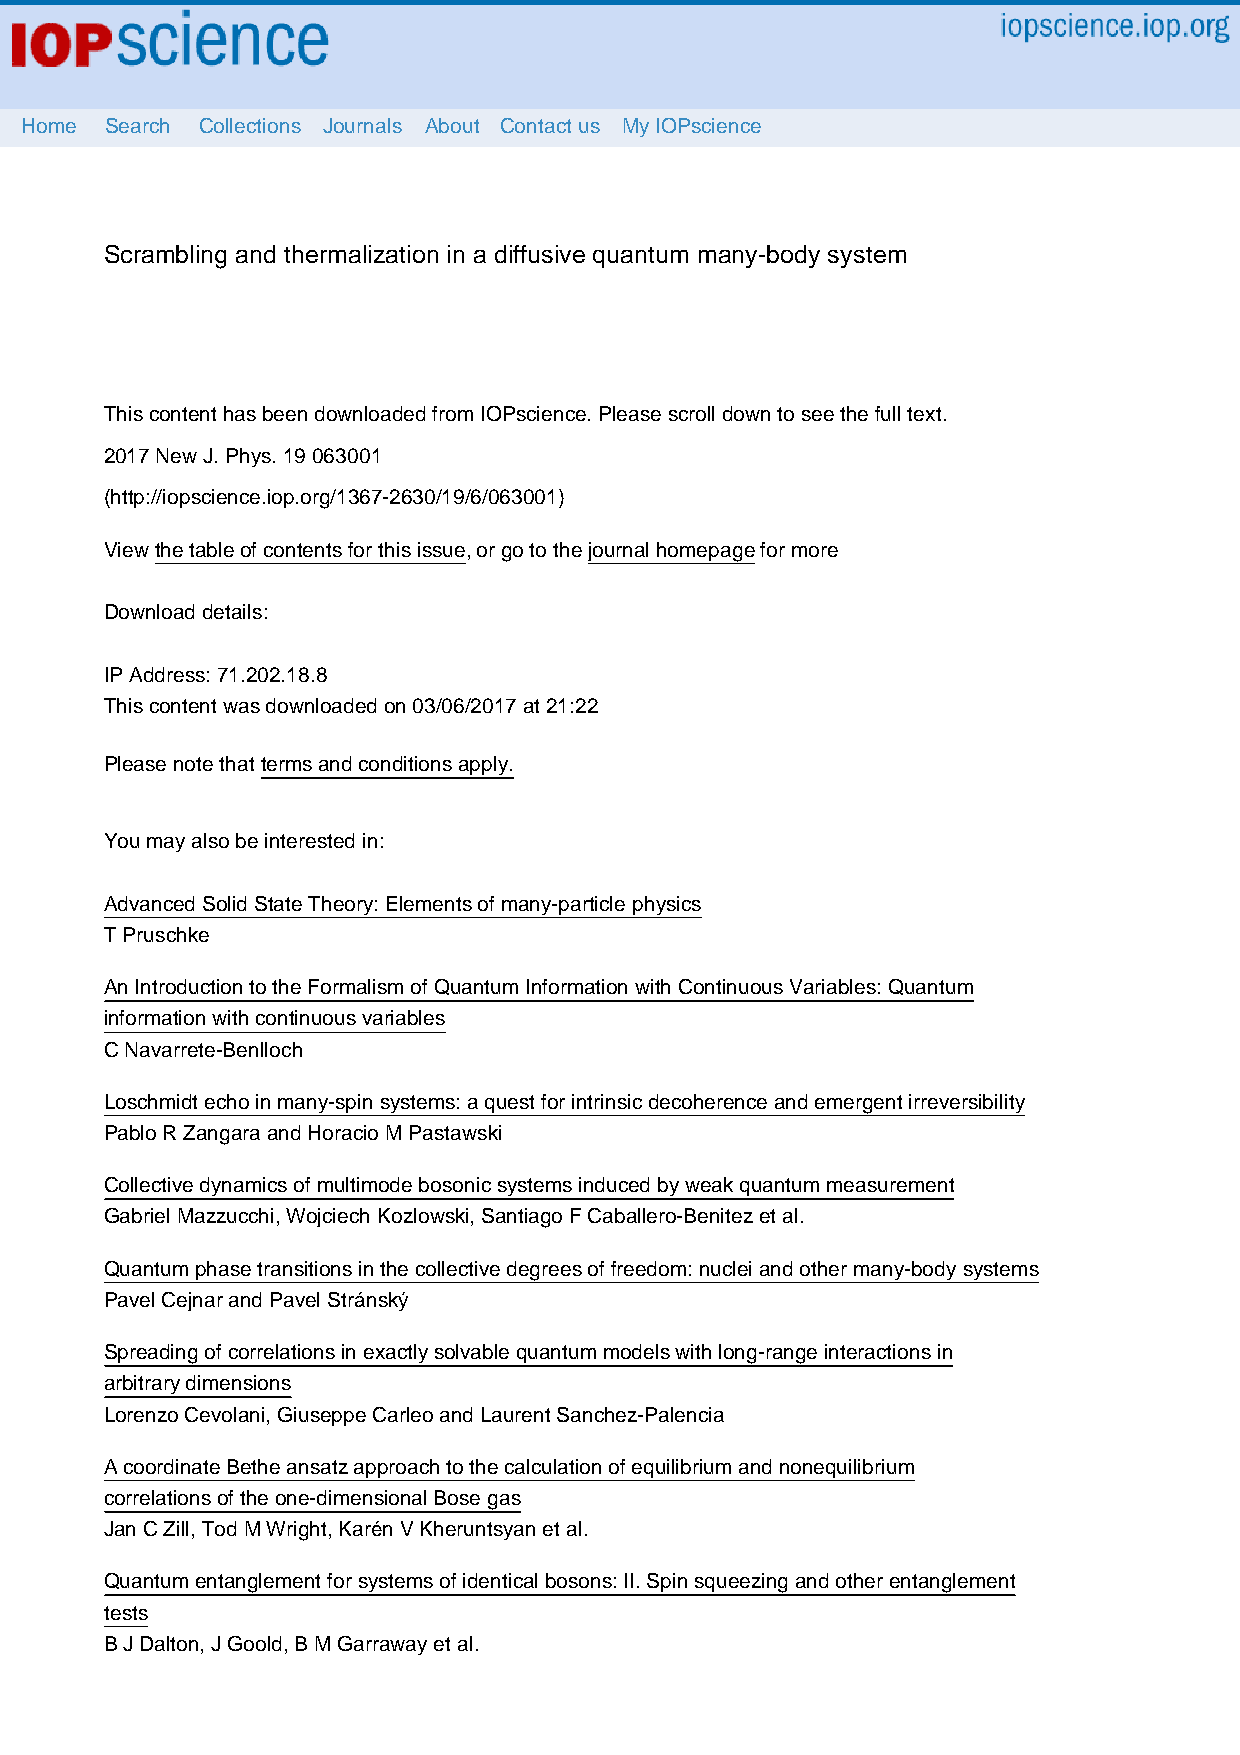
Home  Search Collections Journals About Contact us My IOPscience
 Scrambling and thermalization in a diffusive quantum many-body system
 This content has been downloaded from IOPscience. Please scroll down to see the full text.
 2017 New J. Phys. 19 063001
 (http://iopscience.iop.org/1367-2630/19/6/063001)
 View the table of contents for this issue, or go to the journal homepage for more
 Download details:
 IP Address: 71.202.18.8
 This content was downloaded on 03/06/2017 at 21:22
 Please note that terms and conditions apply.
 You may also be interested in:
 Advanced Solid State Theory: Elements of many-particle physics
 T Pruschke
 An Introduction to the Formalism of Quantum Information with Continuous Variables: Quantum
 information with continuous variables
 C Navarrete-Benlloch
 Loschmidt echo in many-spin systems: a quest for intrinsic decoherence and emergent irreversibility
 Pablo R Zangara and Horacio M Pastawski
 Collective dynamics of multimode bosonic systems induced by weak quantum measurement
 Gabriel Mazzucchi, Wojciech Kozlowski, Santiago F Caballero-Benitez et al.
 Quantum phase transitions in the collective degrees of freedom: nuclei and other many-body systems
 Pavel Cejnar and Pavel Stránský
 Spreading of correlations in exactly solvable quantum models with long-range interactions in
 arbitrary dimensions
 Lorenzo Cevolani, Giuseppe Carleo and Laurent Sanchez-Palencia
 A coordinate Bethe ansatz approach to the calculation of equilibrium and nonequilibrium
 correlations of the one-dimensional Bose gas
 Jan C Zill, Tod M Wright, Karén V Kheruntsyan et al.
 Quantum entanglement for systems of identical bosons: II. Spin squeezing and other entanglement
 tests
 B J Dalton, J Goold, B M Garraway et al.